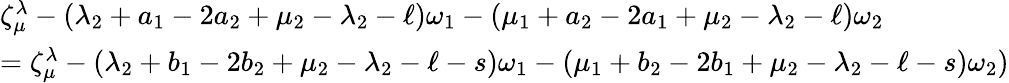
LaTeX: \begin{array}{l}{\zeta_{\mu}^{\lambda}-(\lambda_{2}+a_{1}-2a_{2}+\mu_{2}-\lambda_{2}-\ell)\omega_{1}-(\mu_{1}+a_{2}-2a_{1}+\mu_{2}-\lambda_{2}-\ell)\omega_{2}}\\ {=\zeta_{\mu}^{\lambda}-(\lambda_{2}+b_{1}-2b_{2}+\mu_{2}-\lambda_{2}-\ell-s)\omega_{1}-(\mu_{1}+b_{2}-2b_{1}+\mu_{2}-\lambda_{2}-\ell-s)\omega_{2})}\end{array}